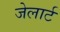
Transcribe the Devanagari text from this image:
जेलार्ट